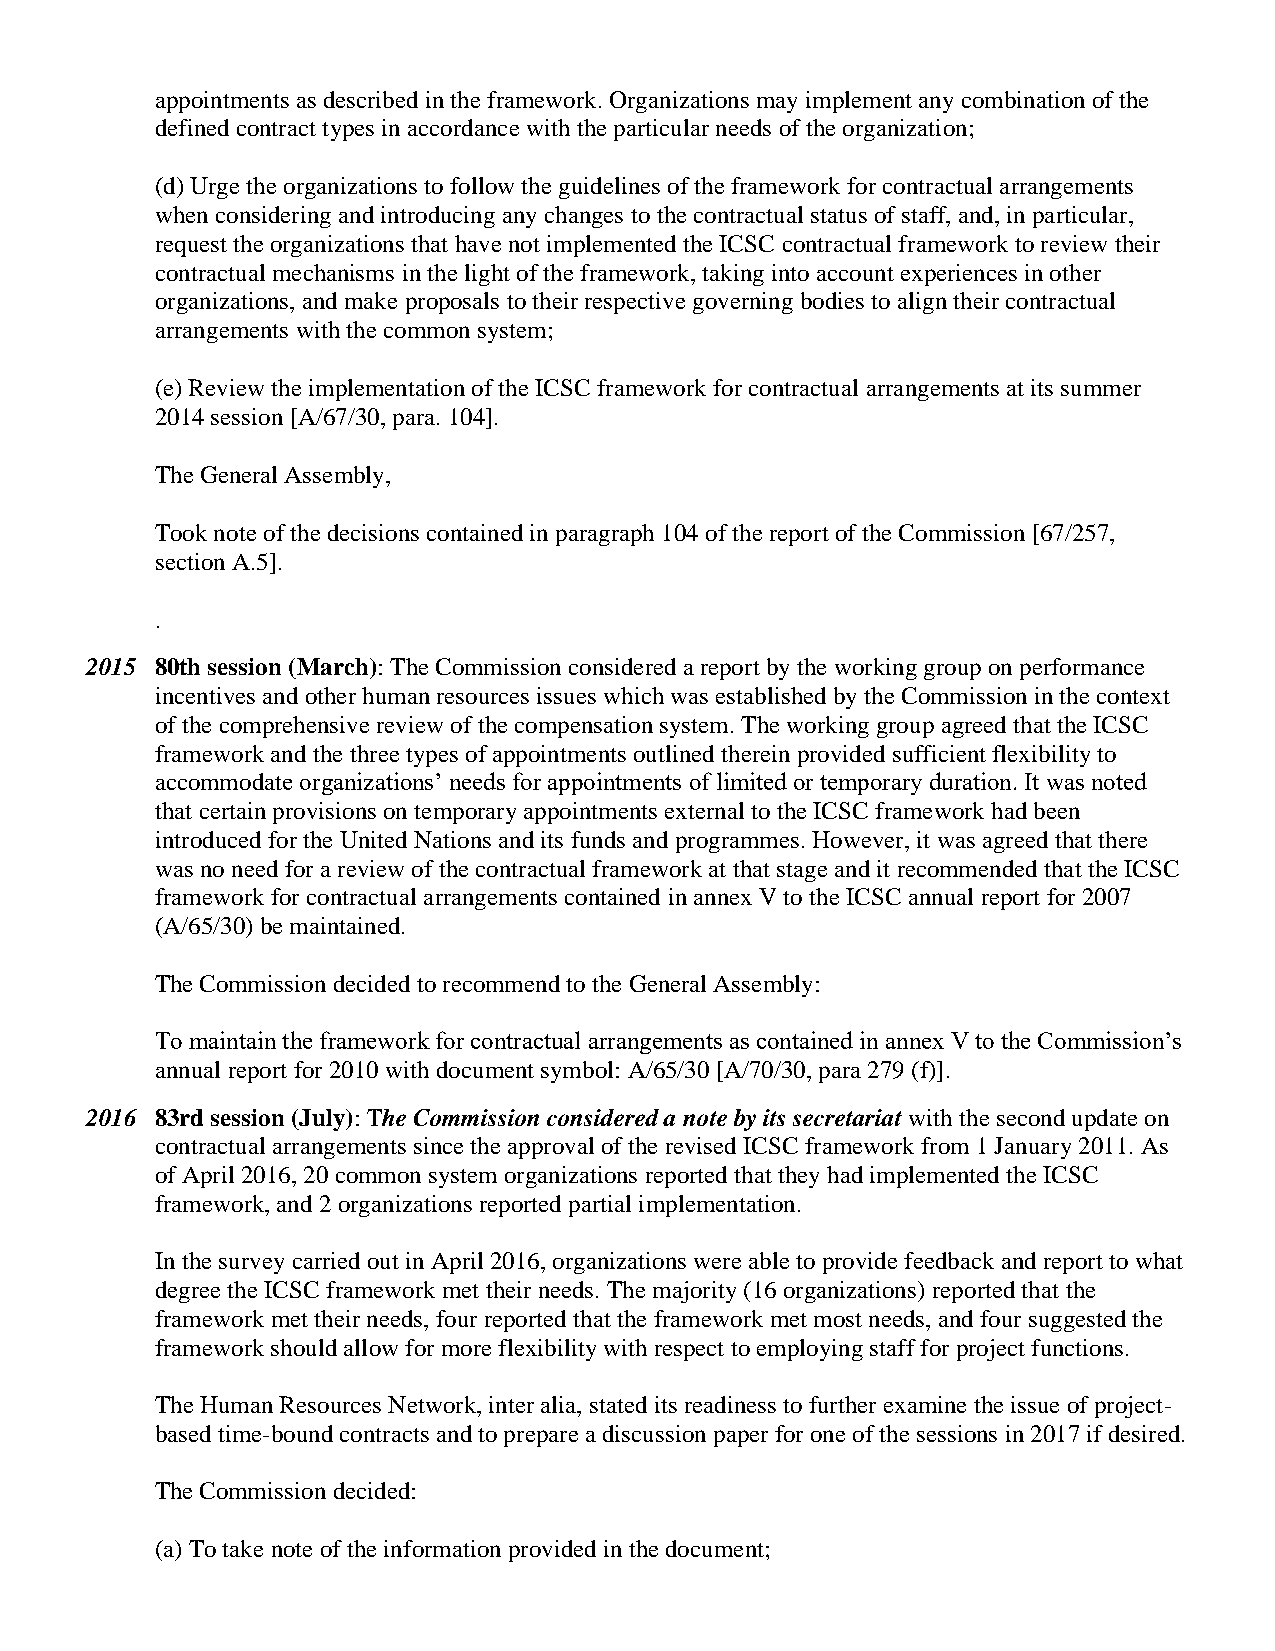
appointments as described in the framework. Organizations may implement any combination of the
 defined contract types in accordance with the particular needs of the organization;
 (d) Urge the organizations to follow the guidelines of the framework for contractual arrangements
 when considering and introducing any changes to the contractual status of staff, and, in particular,
 request the organizations that have not implemented the ICSC contractual framework to review their
 contractual mechanisms in the light of the framework, taking into account experiences in other
 organizations, and make proposals to their respective governing bodies to align their contractual
 arrangements with the common system;
 (e) Review the implementation of the ICSC framework for contractual arrangements at its summer
 2014 session [A/67/30, para. 104].
 The General Assembly,
 Took note of the decisions contained in paragraph 104 of the report of the Commission [67/257,
 section A.5].
 .
 2015 80th session (March): The Commission considered a report by the working group on performance
 incentives and other human resources issues which was established by the Commission in the context
 of the comprehensive review of the compensation system. The working group agreed that the ICSC
 framework and the three types of appointments outlined therein provided sufficient flexibility to
 accommodate organizations’ needs for appointments of limited or temporary duration. It was noted
 that certain provisions on temporary appointments external to the ICSC framework had been
 introduced for the United Nations and its funds and programmes. However, it was agreed that there
 was no need for a review of the contractual framework at that stage and it recommended that the ICSC
 framework for contractual arrangements contained in annex V to the ICSC annual report for 2007
 (A/65/30) be maintained.
 The Commission decided to recommend to the General Assembly:
 To maintain the framework for contractual arrangements as contained in annex V to the Commission’s
 annual report for 2010 with document symbol: A/65/30 [A/70/30, para 279 (f)].
 2016 83rd session (July): The Commission considered a note by its secretariat with the second update on
 contractual arrangements since the approval of the revised ICSC framework from 1 January 2011. As
 of April 2016, 20 common system organizations reported that they had implemented the ICSC
 framework, and 2 organizations reported partial implementation.
 In the survey carried out in April 2016, organizations were able to provide feedback and report to what
 degree the ICSC framework met their needs. The majority (16 organizations) reported that the
 framework met their needs, four reported that the framework met most needs, and four suggested the
 framework should allow for more flexibility with respect to employing staff for project functions.
 The Human Resources Network, inter alia, stated its readiness to further examine the issue of project-
 based time-bound contracts and to prepare a discussion paper for one of the sessions in 2017 if desired.
 The Commission decided:
 (a) To take note of the information provided in the document;